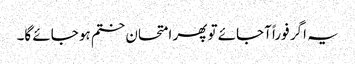
یہ اگر فوراً آجائے تو پھر امتحان ختم ہو جائے گا۔